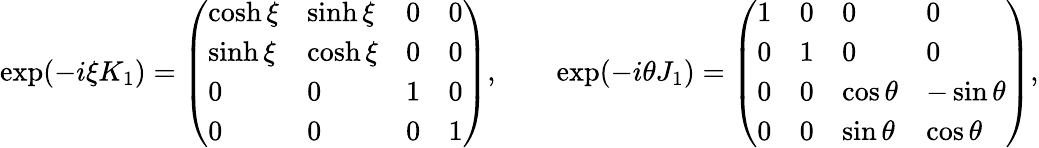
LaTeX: \exp(-i\xi K_{1})={\left(\begin{array}{llll}{\cosh\xi}&{\sinh\xi}&{0}&{0}\\ {\sinh\xi}&{\cosh\xi}&{0}&{0}\\ {0}&{0}&{1}&{0}\\ {0}&{0}&{0}&{1}\end{array}\right)},\qquad\exp(-i\theta J_{1})={\left(\begin{array}{llll}{1}&{0}&{0}&{0}\\ {0}&{1}&{0}&{0}\\ {0}&{0}&{\cos\theta}&{-\sin\theta}\\ {0}&{0}&{\sin\theta}&{\cos\theta}\end{array}\right)},